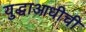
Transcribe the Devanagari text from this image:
युद्धाआधीची